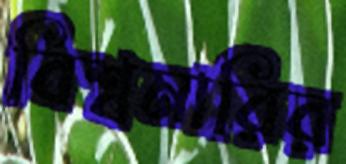
বিশ্বমারির